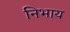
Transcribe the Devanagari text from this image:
निभाय